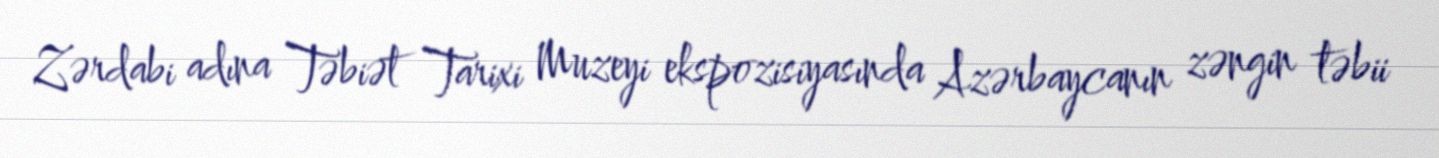
Zərdabi adına Təbiət Tarixi Muzeyi ekspozisiyasında Azərbaycanın zəngin təbii